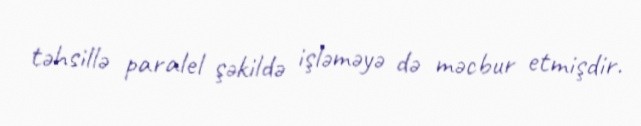
təhsillə paralel şəkildə işləməyə də məcbur etmişdir.